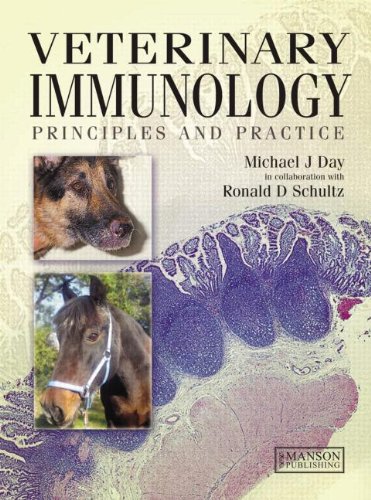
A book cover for Veterinary Immunology: Principles and Practice; Michael J. Day; Medical Books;